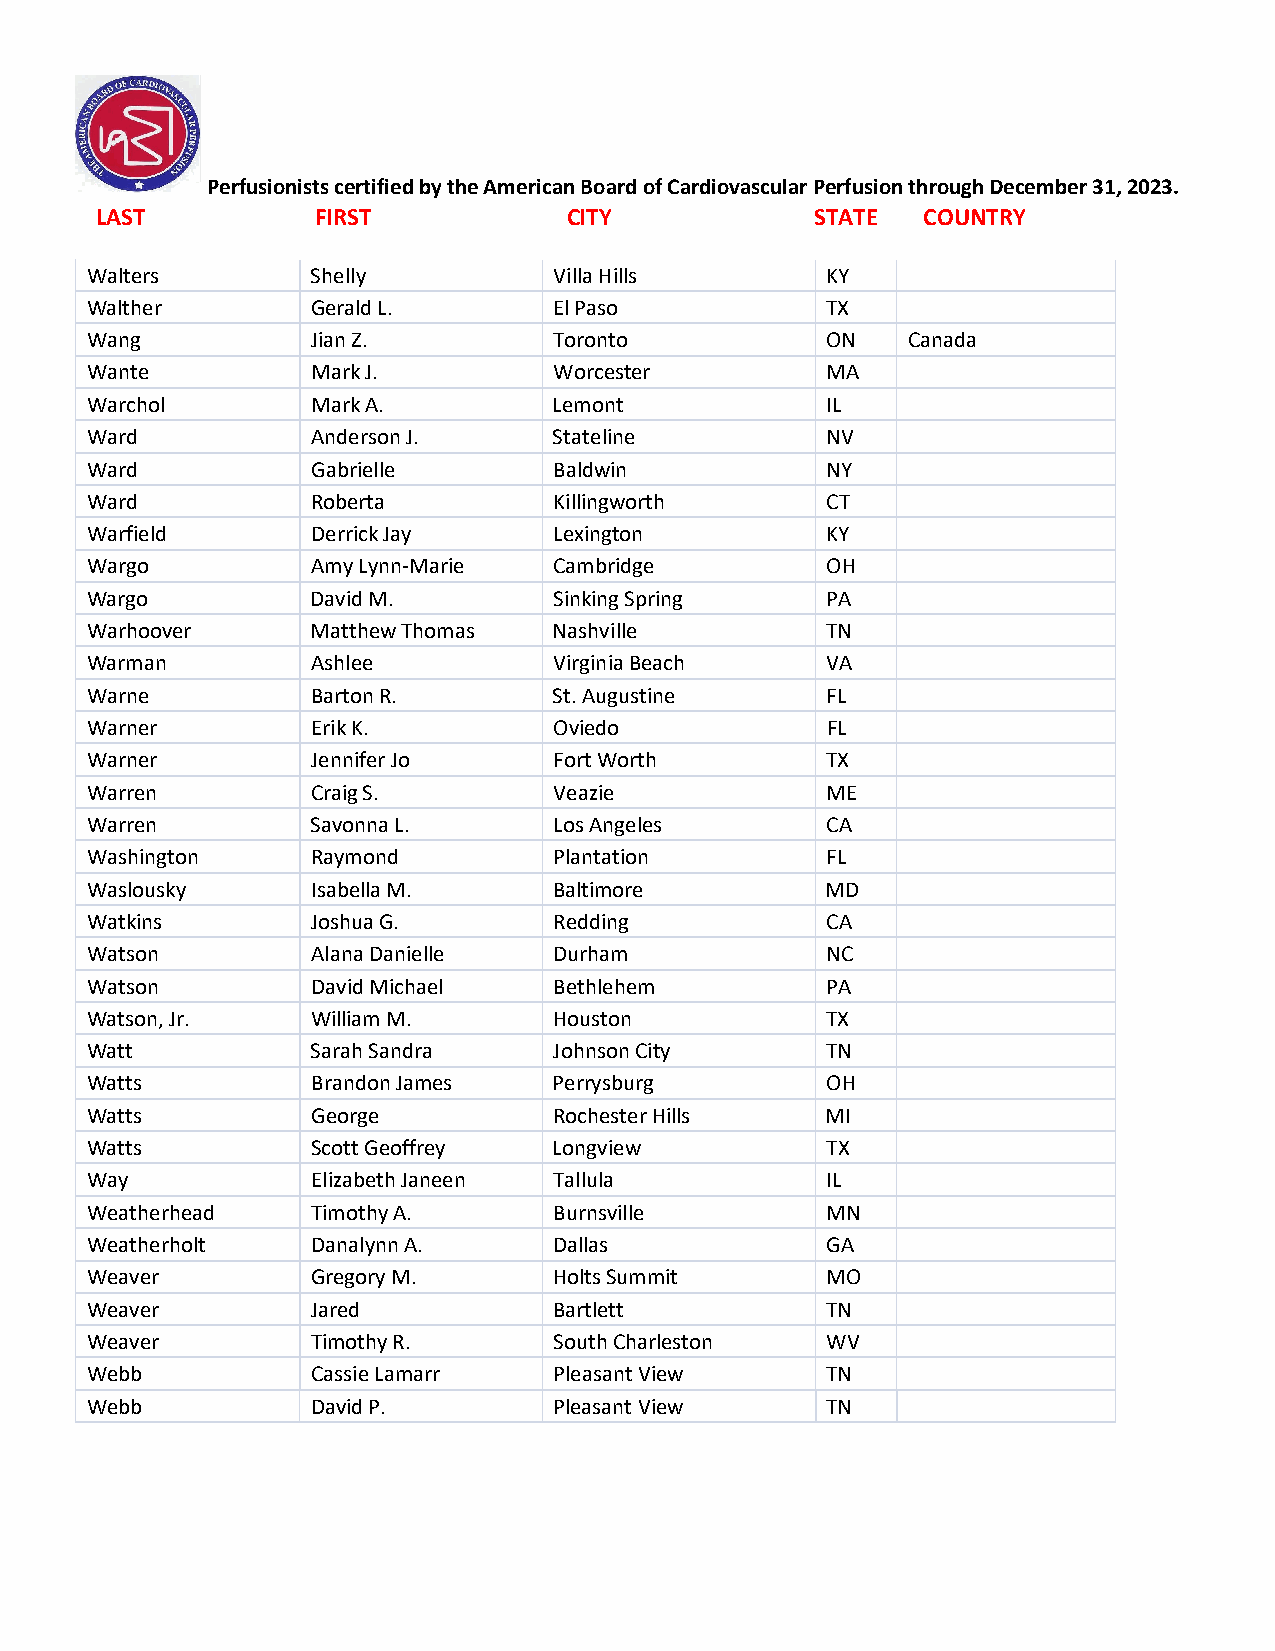
Perfusionists certified by the American Board of Cardiovascular Perfusion through December 31, 2023.
 LAST           FIRST            CITY            STATE  COUNTRY
 Walters        Shelly          Villa Hills       KY
 Walther        Gerald L.       El Paso           TX
 Wang           Jian Z.         Toronto           ON   Canada
 Wante          Mark J.         Worcester         MA
 Warchol        Mark A.         Lemont            IL
 Ward           Anderson J.     Stateline         NV
 Ward           Gabrielle       Baldwin           NY
 Ward           Roberta         Killingworth      CT
 Warfield       Derrick Jay     Lexington         KY
 Wargo          Amy Lynn-Marie  Cambridge         OH
 Wargo          David M.        Sinking Spring    PA
 Warhoover      Matthew Thomas  Nashville         TN
 Warman         Ashlee          Virginia Beach    VA
 Warne          Barton R.       St. Augustine     FL
 Warner         Erik K.         Oviedo            FL
 Warner         Jennifer Jo     Fort Worth        TX
 Warren         Craig S.        Veazie            ME
 Warren         Savonna L.      Los Angeles       CA
 Washington     Raymond         Plantation        FL
 Waslousky      Isabella M.     Baltimore         MD
 Watkins        Joshua G.       Redding           CA
 Watson         Alana Danielle  Durham            NC
 Watson         David Michael   Bethlehem         PA
 Watson, Jr.    William M.      Houston           TX
 Watt           Sarah Sandra    Johnson City      TN
 Watts          Brandon James   Perrysburg        OH
 Watts          George          Rochester Hills   MI
 Watts          Scott Geoffrey  Longview          TX
 Way            Elizabeth Janeen Tallula          IL
 Weatherhead    Timothy A.      Burnsville        MN
 Weatherholt    Danalynn A.     Dallas            GA
 Weaver         Gregory M.      Holts Summit      MO
 Weaver         Jared           Bartlett          TN
 Weaver         Timothy R.      South Charleston  WV
 Webb           Cassie Lamarr   Pleasant View     TN
 Webb           David P.        Pleasant View     TN